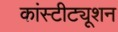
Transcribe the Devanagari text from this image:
कांस्टीट्यूशन